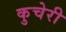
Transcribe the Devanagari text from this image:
कुचेरी